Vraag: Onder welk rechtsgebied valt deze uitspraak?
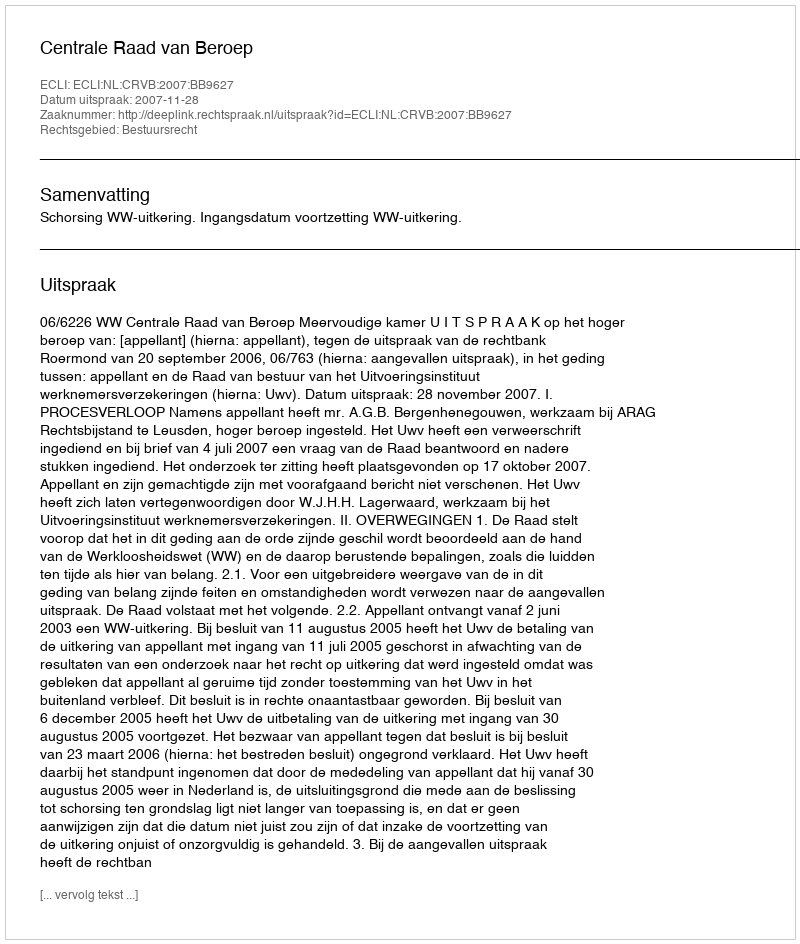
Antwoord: Bestuursrecht